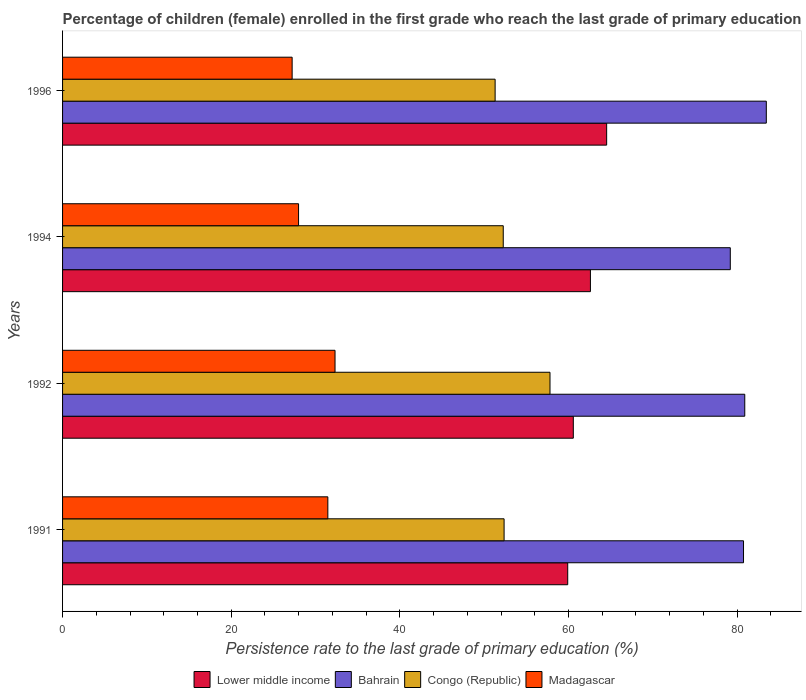
| Years | Lower middle income | Bahrain | Congo (Republic) | Madagascar |
 | --- | --- | --- | --- | --- |
 | 1991 | 59.9 | 80.8 | 52.4 | 31.5 |
 | 1992 | 60.6 | 80.9 | 57.8 | 32.3 |
 | 1994 | 62.6 | 79.2 | 52.3 | 28 |
 | 1996 | 64.5 | 83.5 | 51.3 | 27.2 |